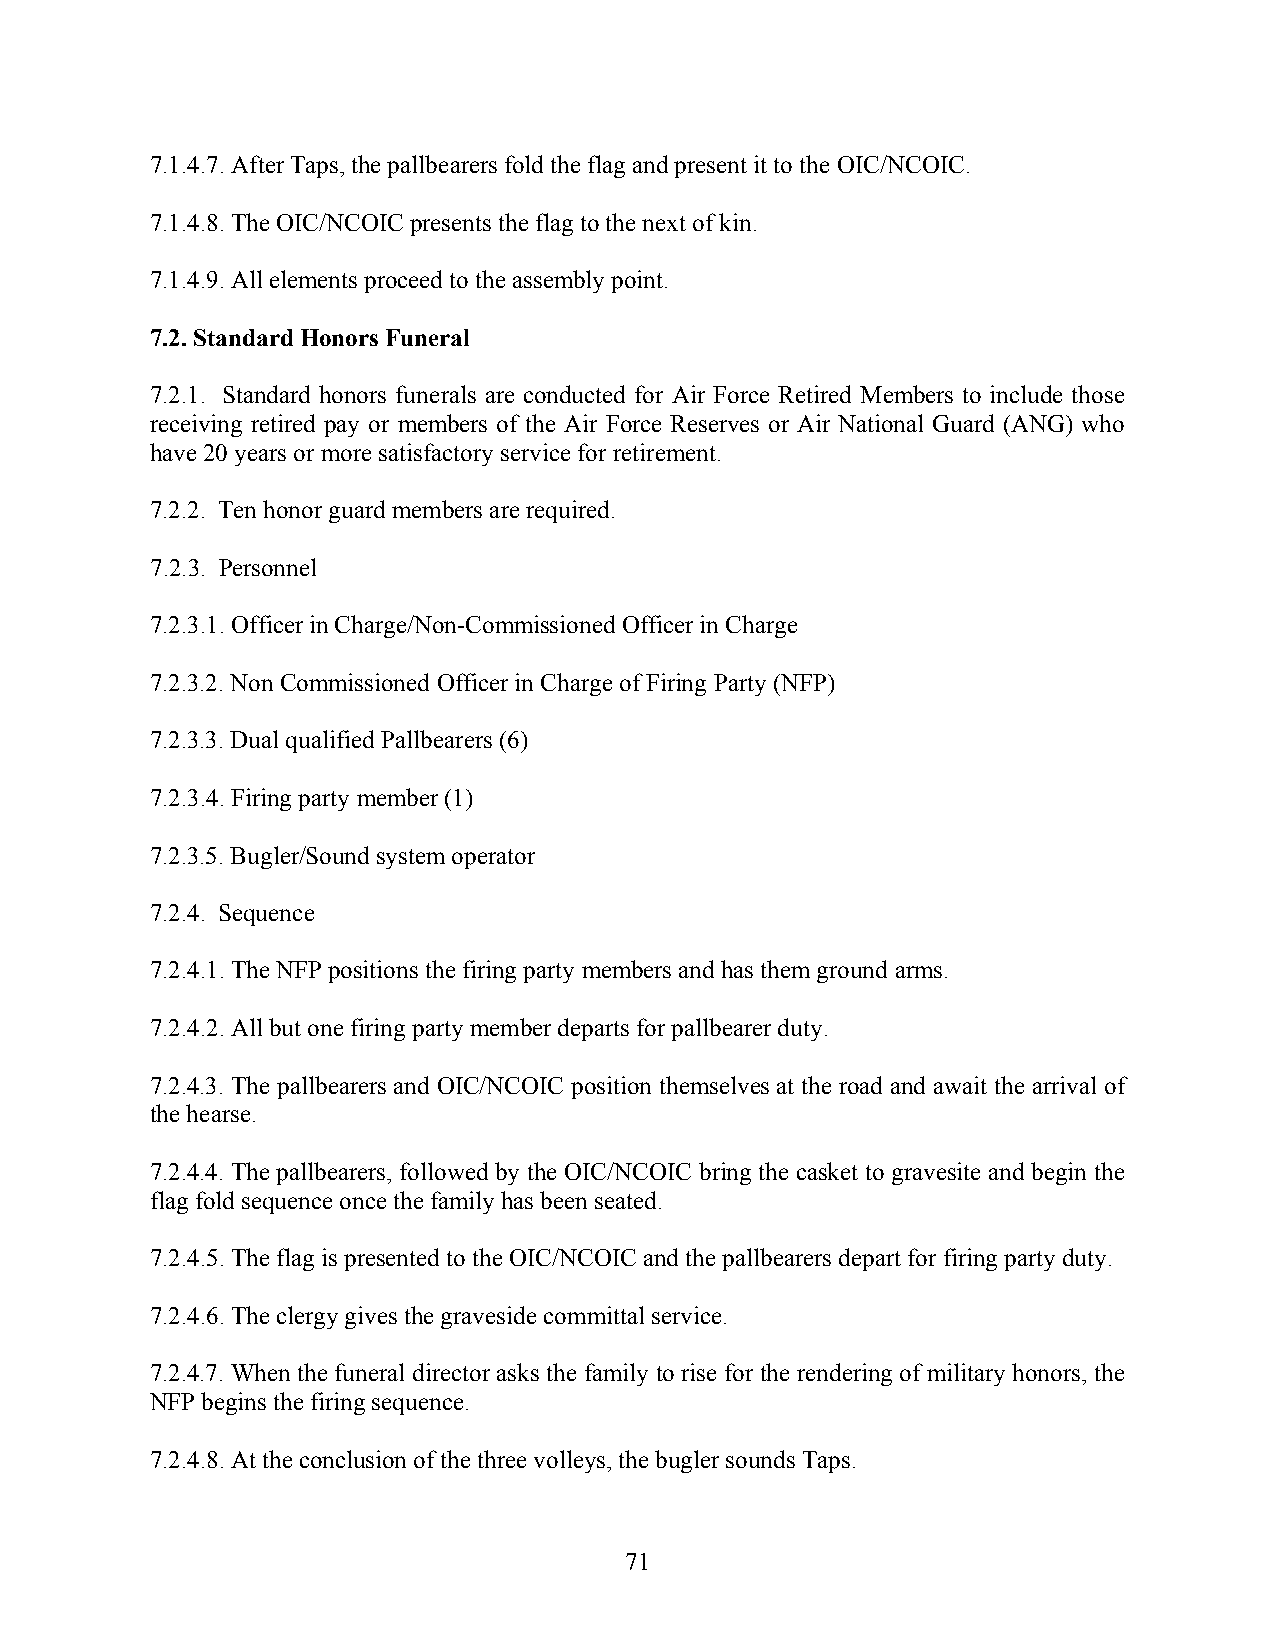
7.1.4.7. After Taps, the pallbearers fold the flag and present it to the OIC/NCOIC.
 7.1.4.8. The OIC/NCOIC presents the flag to the next of kin.
 7.1.4.9. All elements proceed to the assembly point.
 7.2. Standard Honors Funeral
 7.2.1. Standard honors funerals are conducted for Air Force Retired Members to include those
 receiving retired pay or members of the Air Force Reserves or Air National Guard (ANG) who
 have 20 years or more satisfactory service for retirement.
 7.2.2. Ten honor guard members are required.
 7.2.3. Personnel
 7.2.3.1. Officer in Charge/Non-Commissioned Officer in Charge
 7.2.3.2. Non Commissioned Officer in Charge of Firing Party (NFP)
 7.2.3.3. Dual qualified Pallbearers (6)
 7.2.3.4. Firing party member (1)
 7.2.3.5. Bugler/Sound system operator
 7.2.4. Sequence
 7.2.4.1. The NFP positions the firing party members and has them ground arms.
 7.2.4.2. All but one firing party member departs for pallbearer duty.
 7.2.4.3. The pallbearers and OIC/NCOIC position themselves at the road and await the arrival of
 the hearse.
 7.2.4.4. The pallbearers, followed by the OIC/NCOIC bring the casket to gravesite and begin the
 flag fold sequence once the family has been seated.
 7.2.4.5. The flag is presented to the OIC/NCOIC and the pallbearers depart for firing party duty.
 7.2.4.6. The clergy gives the graveside committal service.
 7.2.4.7. When the funeral director asks the family to rise for the rendering of military honors, the
 NFP begins the firing sequence.
 7.2.4.8. At the conclusion of the three volleys, the bugler sounds Taps.
 71